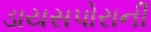
ડાયસપોરાની